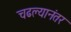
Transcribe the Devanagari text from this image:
चढल्यानंतर